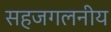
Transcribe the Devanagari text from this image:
सहजगलनीय